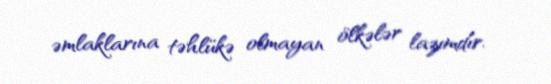
əmlaklarına təhlükə olmayan ölkələr lazımdır.